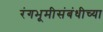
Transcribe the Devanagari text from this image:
रंगभूमीसंबंधीच्या